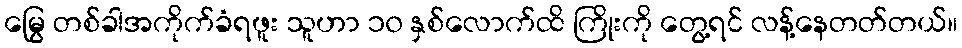
မြွေ တစ်ခါအကိုက်ခံရဖူး သူဟာ ၁၀ နှစ်လောက်ထိ ကြိုးကို တွေ့ရင် လန့်နေတတ်တယ်။